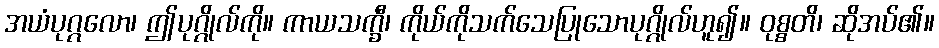
အယံပုဂ္ဂလော၊ ဤပုဂ္ဂိုလ်ကို။ ကာယသက္ခီ၊ ကိုယ်ကိုသက်သေပြုသောပုဂ္ဂိုလ်ဟူ၍။ ဝုစ္စတိ၊ ဆိုအပ်၏။